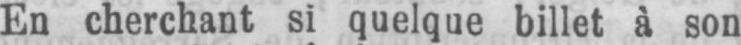
En cherchant si quelque billet à son